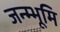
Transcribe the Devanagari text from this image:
जन्म्भूमि